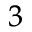
^ { 3 }